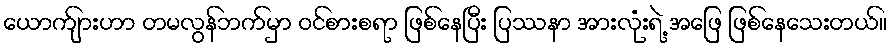
ယောက်ျားဟာ တမလွန်ဘက်မှာ ဝင်စားစရာ ဖြစ်နေပြီး ပြဿနာ အားလုံးရဲ့ အဖြေ ဖြစ်နေသေးတယ်။